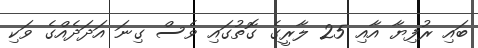
ބައި ރުފިޔާ އާއި 25 ލާރީގެ ގޮތުގައި ވެސް ގިނަ އަދަދެއްގެ ވަކި